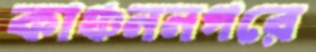
কাঞ্চননগরে